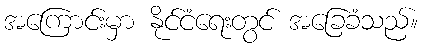
အကြောင်းမှာ နိုင်ငံရေးတွင် အခြေခံသည်။